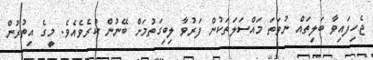
ޖެހިފައިވާ ބަލިތައް ނުވަތަ މައްސަލަތަކުން ފަރުވާ ލިބިގަތުމަށް ބޭނުން ކުރެވެއެވެ. މީގެ އިތުރުން